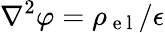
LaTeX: \nabla^{2}\varphi=\rho_{\mathrm{~e~l~}}/\epsilon